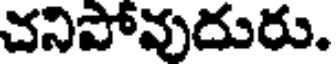
చనిపోవుదురు.